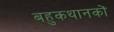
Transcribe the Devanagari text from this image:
बहुकथानकों